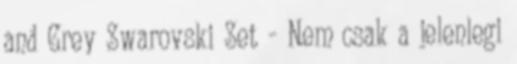
and Grey Swarovski Set - Nem csak a jelenlegi